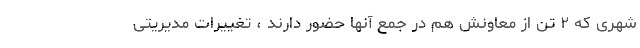
شهری که ۲ تن از معاونش هم در جمع آنها حضور دارند ، تغییرات مدیریتی